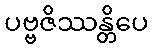
ပဗ္ဗဇိဿန္တိပေ